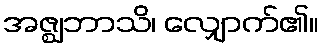
အဇ္ဈဘာသိ၊ လျှောက်၏။